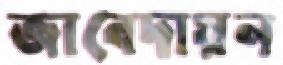
জাবেদায়ন